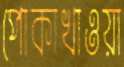
পোকাখাওয়া